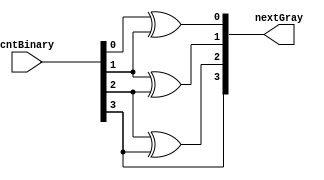
`timescale 1ns / 1ns
///////////////////////////////////////////////////////////////////////////////////////////////////
// Company: MICROSEMI
//
// IP Core: COREAXI4INTERCONNECT
//
//  Description  : The AMBA AXI4 Interconnect core connects one or more AXI memory-mapped master devices to one or
//                 more memory-mapped slave devices. The AMBA AXI protocol supports high-performance, high-frequency
//                 system designs.
//
//     Abstract  : binary to graycode converter
//
//  COPYRIGHT 2017 BY MICROSEMI 
//  THE INFORMATION CONTAINED IN THIS DOCUMENT IS SUBJECT TO LICENSING RESTRICTIONS 
//  FROM MICROSEMI CORP.  IF YOU ARE NOT IN POSSESSION OF WRITTEN AUTHORIZATION FROM 
//  MICROSEMI FOR USE OF THIS FILE, THEN THE FILE SHOULD BE IMMEDIATELY DESTROYED AND 
//  NO BACK-UP OF THE FILE SHOULD BE MADE. 
//
//
/////////////////////////////////////////////////////////////////////////////////////////////////// 


module caxi4interconnect_Bin2Gray #
  (
  parameter integer n_bits = 4
  )
  (
   input wire [n_bits-1:0]  cntBinary,

   output wire [n_bits-1:0] nextGray
  );

  genvar i;
  generate
  for (i = 0; i < (n_bits-1) ; i = i + 1) 
    begin
      assign nextGray[i] = cntBinary[i] ^ cntBinary[i+1];
    end
  endgenerate

  assign nextGray[n_bits-1] = cntBinary[n_bits-1];

endmodule